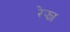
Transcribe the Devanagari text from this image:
रेझा